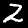
Digit: 2